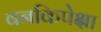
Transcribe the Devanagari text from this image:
वनकिपेक्षा